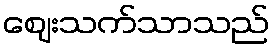
ဈေးသက်သာသည်